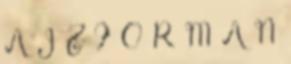
A J Z F O R M A N